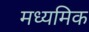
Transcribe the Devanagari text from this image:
मध्यमिक